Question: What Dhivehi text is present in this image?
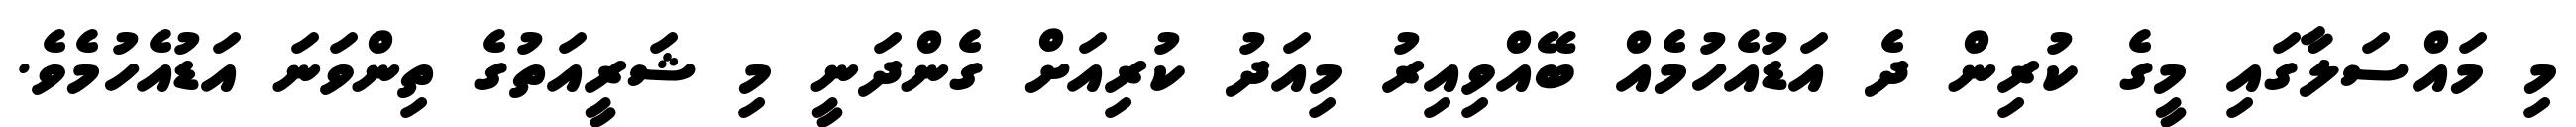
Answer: މި މައްސަލާގައި މީގެ ކުރިން ދެ އަޑުއެހުމެއް ބޭއްވިއިރު މިއަދު ކުރިއަށް ގެންދަނީ މި ޝަރީއަތުގެ ތިންވަނަ އަޑުއެހުމެވެ.